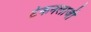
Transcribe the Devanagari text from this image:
टेकनलाजी